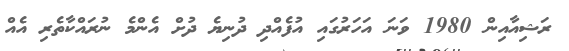
ރަޝިއާއިން 1980 ވަނަ އަހަރުގައި އުފެއްދި ދުނިޔެ ދުށް އެންމެ ނުރައްކާތެރި އެއް